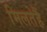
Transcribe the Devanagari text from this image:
मिलतेहैं